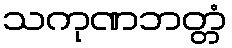
သကုဏဘတ္တံ